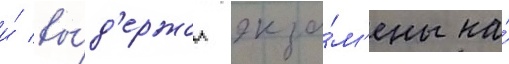
и́ вы́д'ержал экза́м'ены на́